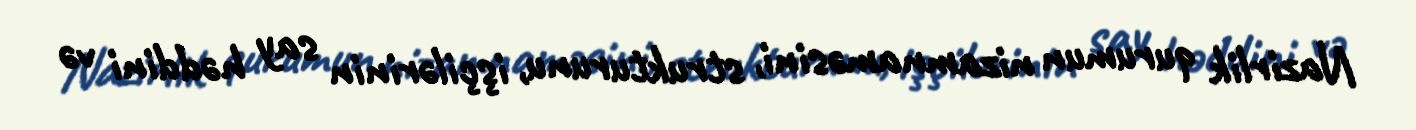
Nazirlik qurumun nizamnaməsini, strukturunu, işçilərinin say həddini və